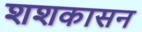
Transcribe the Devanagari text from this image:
शशकासन